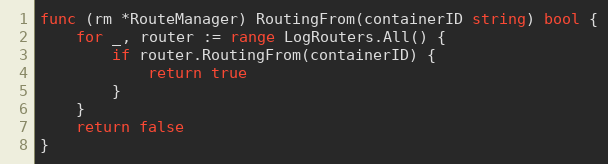
Language: Go
func (rm *RouteManager) RoutingFrom(containerID string) bool {
	for _, router := range LogRouters.All() {
		if router.RoutingFrom(containerID) {
			return true
		}
	}
	return false
}